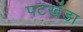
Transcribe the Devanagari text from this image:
पटखंडा